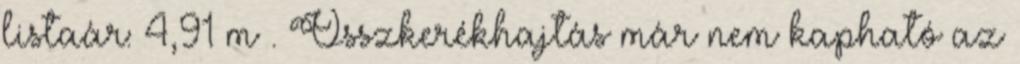
listaár: 4,91 m . Összkerékhajtás már nem kapható az